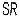
SR